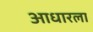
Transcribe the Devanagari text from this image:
आधारला